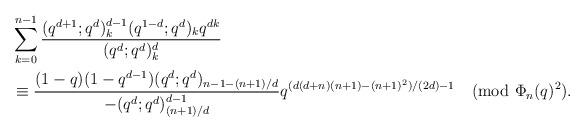
LaTeX: \begin{align*}&\sum_{k=0}^{n-1}\frac{(q^{d+1};q^d)_k^{d-1}(q^{1-d};q^d)_kq^{dk}}{(q^d;q^d)_k^d}\\&\equiv \frac{(1-q)(1-q^{d-1})(q^d;q^d)_{n-1-(n+1)/d}}{-(q^d;q^d)_{(n+1)/d}^{d-1}}q^{(d(d+n)(n+1)-(n+1)^2)/(2d)-1}\pmod{\Phi_n(q)^2}.\end{align*}